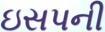
ઇસપની